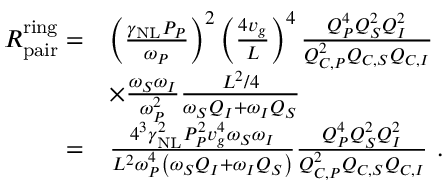
\begin{array} { r l } { R _ { \mathrm { p a i r } } ^ { \mathrm { r i n g } } = } & { \left( \frac { \gamma _ { \mathrm { N L } } P _ { P } } { \omega _ { P } } \right) ^ { 2 } \left( \frac { 4 v _ { g } } { L } \right) ^ { 4 } \frac { Q _ { P } ^ { 4 } Q _ { S } ^ { 2 } Q _ { I } ^ { 2 } } { Q _ { C , P } ^ { 2 } Q _ { C , S } Q _ { C , I } } } \\ & { \times \frac { \omega _ { S } \omega _ { I } } { \omega _ { P } ^ { 2 } } \frac { L ^ { 2 } / 4 } { \omega _ { S } Q _ { I } + \omega _ { I } Q _ { S } } } \\ { = } & { \frac { 4 ^ { 3 } \gamma _ { \mathrm { N L } } ^ { 2 } P _ { P } ^ { 2 } v _ { g } ^ { 4 } \omega _ { S } \omega _ { I } } { L ^ { 2 } \omega _ { P } ^ { 4 } \left( \omega _ { S } Q _ { I } + \omega _ { I } Q _ { S } \right) } \frac { Q _ { P } ^ { 4 } Q _ { S } ^ { 2 } Q _ { I } ^ { 2 } } { Q _ { C , P } ^ { 2 } Q _ { C , S } Q _ { C , I } } \ . } \end{array}